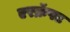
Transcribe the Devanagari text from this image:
एरक्रॅफ्ट